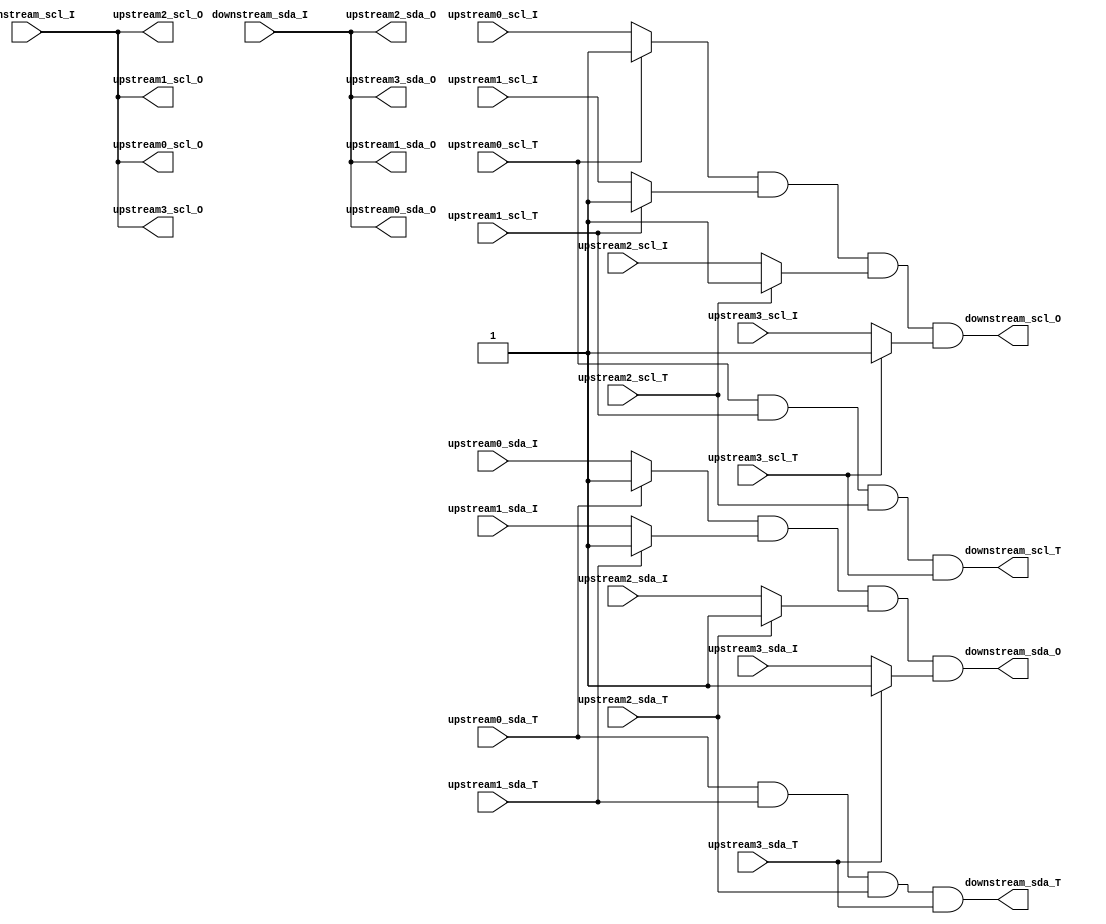
module i2c_hub
(
//
	input     upstream0_scl_T,
	input     upstream0_scl_I,
	output    upstream0_scl_O,
	input     upstream0_sda_T,
	input     upstream0_sda_I,
	output    upstream0_sda_O,
    
// 1   
	input     upstream1_scl_T,
	input     upstream1_scl_I,
	output    upstream1_scl_O,
	input     upstream1_sda_T,
	input     upstream1_sda_I,
	output    upstream1_sda_O,
// 2   
    input     upstream2_scl_T,
	input     upstream2_scl_I,
	output    upstream2_scl_O,
	input     upstream2_sda_T,
	input     upstream2_sda_I,
	output    upstream2_sda_O,

// 3   
    input     upstream3_scl_T,
	input     upstream3_scl_I,
	output    upstream3_scl_O,
	input     upstream3_sda_T,
	input     upstream3_sda_I,
	output    upstream3_sda_O,
	
	
	output    downstream_scl_T,
	input     downstream_scl_I,
	output    downstream_scl_O,
	output    downstream_sda_T,
	input     downstream_sda_I,
	output    downstream_sda_O
);
/*
T01

*/
//assign downstream_scl_T = upstream0_scl_T & upstream1_scl_T;
//assign downstream_scl_O = (upstream0_scl_T ? 1'b1 : upstream0_scl_I) & (upstream1_scl_T ? 1'b1 : upstream1_scl_I);
//assign downstream_sda_T = upstream0_sda_T & upstream1_sda_T;
//assign downstream_sda_O = (upstream0_sda_T ? 1'b1 : upstream0_sda_I) & (upstream1_sda_T ? 1'b1 : upstream1_sda_I);
// follows for spec proj
//assign upstream0_scl_O = downstream_scl_I;
//assign upstream0_sda_O = downstream_sda_I;
//assign upstream1_scl_O = downstream_scl_I;
//assign upstream1_sda_O = downstream_sda_I;
//// follows for spec proj
////assign upstream0_scl_O = downstream_scl_I & upstream1_scl_I;
////assign upstream0_sda_O = downstream_sda_I & upstream1_sda_I;
////assign upstream1_scl_O = downstream_scl_I & upstream0_scl_I;
////assign upstream1_sda_O = downstream_sda_I & upstream0_sda_I;

/*
assign downstream_scl_T = upstream0_scl_T & upstream1_scl_T & upstream2_scl_T;
assign downstream_scl_O = (upstream0_scl_T ? 1'b1 : upstream0_scl_I) & (upstream1_scl_T ? 1'b1 : upstream1_scl_I) & (upstream2_scl_T ? 1'b1 : upstream2_scl_I);
assign upstream0_scl_O=((upstream0_scl_T & upstream1_scl_T & upstream2_scl_T) ? downstream_scl_I : 1'b1) & (upstream1_scl_T ? 1'b1 : upstream1_scl_I) & (upstream2_scl_T ? 1'b1 : upstream2_scl_I);
assign upstream1_scl_O=((upstream0_scl_T & upstream1_scl_T & upstream2_scl_T) ? downstream_scl_I : 1'b1) & (upstream0_scl_T ? 1'b1 : upstream0_scl_I) & (upstream2_scl_T ? 1'b1 : upstream2_scl_I);
assign upstream2_scl_O=((upstream0_scl_T & upstream1_scl_T & upstream2_scl_T) ? downstream_scl_I : 1'b1) & (upstream0_scl_T ? 1'b1 : upstream0_scl_I) & (upstream1_scl_T ? 1'b1 : upstream1_scl_I);

assign downstream_sda_T = upstream0_sda_T & upstream1_sda_T & upstream2_sda_T;
assign downstream_sda_O = (upstream0_sda_T ? 1'b1 : upstream0_sda_I) & (upstream1_sda_T ? 1'b1 : upstream1_sda_I) & (upstream2_sda_T ? 1'b1 : upstream2_sda_I);
assign upstream0_sda_O=((upstream0_sda_T & upstream1_sda_T & upstream2_sda_T) ? downstream_sda_I : 1'b1) & (upstream1_sda_T ? 1'b1 : upstream1_sda_I) & (upstream2_sda_T ? 1'b1 : upstream2_sda_I);
assign upstream1_sda_O=((upstream0_sda_T & upstream1_sda_T & upstream2_sda_T) ? downstream_sda_I : 1'b1) & (upstream0_sda_T ? 1'b1 : upstream0_sda_I) & (upstream2_sda_T ? 1'b1 : upstream2_sda_I);
assign upstream2_sda_O=((upstream0_sda_T & upstream1_sda_T & upstream2_sda_T) ? downstream_sda_I : 1'b1) & (upstream0_sda_T ? 1'b1 : upstream0_sda_I) & (upstream1_sda_T ? 1'b1 : upstream1_sda_I);
// slave device, upstream1_scl_T=1, upstream1_scl_I=1 
*/


assign downstream_scl_T = upstream0_scl_T & upstream1_scl_T & upstream2_scl_T & upstream3_scl_T;
assign downstream_scl_O = (upstream0_scl_T ? 1'b1 : upstream0_scl_I) & (upstream1_scl_T ? 1'b1 : upstream1_scl_I) & (upstream2_scl_T ? 1'b1 : upstream2_scl_I) & (upstream3_scl_T ? 1'b1 : upstream3_scl_I);
assign downstream_sda_T = upstream0_sda_T & upstream1_sda_T & upstream2_sda_T & upstream3_sda_T;
assign downstream_sda_O = (upstream0_sda_T ? 1'b1 : upstream0_sda_I) & (upstream1_sda_T ? 1'b1 : upstream1_sda_I) & (upstream2_sda_T ? 1'b1 : upstream2_sda_I) & (upstream3_sda_T ? 1'b1 : upstream3_sda_I);
assign upstream0_scl_O = downstream_scl_I;
assign upstream0_sda_O = downstream_sda_I;
assign upstream1_scl_O = downstream_scl_I;
assign upstream1_sda_O = downstream_sda_I;
assign upstream2_scl_O = downstream_scl_I;
assign upstream2_sda_O = downstream_sda_I;
assign upstream3_scl_O = downstream_scl_I;
assign upstream3_sda_O = downstream_sda_I;

endmodule


/*
I->|||<->IO
O<-|||


T==1, then left input, O=IO,I=X(don't care)
T==1, O<-IO

T==0, then left output, IO=I,O=X(don't care)
T==0, I->IO

IO=T?1:I
O=T?IO:1


Ta0->||||
Ia0->||||
Oa0<-||||Tb->
     ||||Ob->
Ta1->||||Ib-<
Ia1->||||
Oa1<-||||

slave device, Ta1_scl=1, Ia1_scl=1 

if(Ta0==0 && Ta1==1)
then Tb=0, Ob=Ia0,Oa1=Ia0,  Oa0=1(x),Ib=x
if(Ta0==1 && Ta1==0)
then Tb=0, Ob=Ia1,Oa0=Ia1,  Oa1=1(x),Ib=x
if(Ta0==1 && Ta1==1)
then Tb=1, Oa0=Ib,Oa1=Ib,   Ob=1(x),Ia0=x,Ia1=x


assign Tb = Ta0 & Ta1;
assign Ob = (Ta0 ? 1'b1 : Ia0) & (Ta1 ? 1'b1 : Ia1);
//assign Oa1 = Ib & Ia0;
assign Oa0 = (Tb?Ib:1'b1)&(Ta1?1'b1:Ia1) = ((Ta0 & Ta1)?Ib:1'b1)&(Ta1?1'b1:Ia1)
assign Oa1 = (Tb?Ib:1'b1)&(Ta0?1'b1:Ia0) = ((Ta0 & Ta1)?Ib:1'b1)&(Ta0?1'b1:Ia0)


 if(Ta0==0 && Ta1==0)
then Tb=0 Ob=Ia0&Ia1, Oa0=Ia1, Oa1=Ia0

assign downstream_scl_T = upstream0_scl_T & upstream1_scl_T;
assign downstream_scl_O = (upstream0_scl_T ? 1'b1 : upstream0_scl_I) & (upstream1_scl_T ? 1'b1 : upstream1_scl_I);
assign upstream0_scl_O=((upstream0_scl_T & upstream1_scl_T) ? downstream_scl_I : 1'b1) & (upstream1_scl_T ? 1'b1 : upstream1_scl_I);
assign upstream1_scl_O=((upstream0_scl_T & upstream1_scl_T) ? downstream_scl_I : 1'b1) & (upstream0_scl_T ? 1'b1 : upstream0_scl_I);

assign downstream_sda_T = upstream0_sda_T & upstream1_sda_T;
assign downstream_sda_O = (upstream0_sda_T ? 1'b1 : upstream0_sda_I) & (upstream1_sda_T ? 1'b1 : upstream1_sda_I);
assign upstream0_sda_O=((upstream0_sda_T & upstream1_sda_T) ? downstream_sda_I : 1'b1) & (upstream1_sda_T ? 1'b1 : upstream1_sda_I);
assign upstream1_sda_O=((upstream0_sda_T & upstream1_sda_T) ? downstream_sda_I : 1'b1) & (upstream0_sda_T ? 1'b1 : upstream0_sda_I);
*/